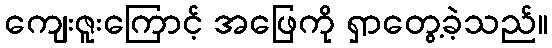
ကျေးဇူးကြောင့် အဖြေကို ရှာတွေ့ခဲ့သည်။